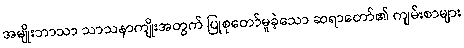
အမျိုးဘာသာ သာသနာကျိုးအတွက် ပြုစုတော်မူခဲ့သော ဆရာတော်၏ ကျမ်းစာများ